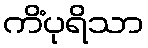
ကိံပုရိသာ